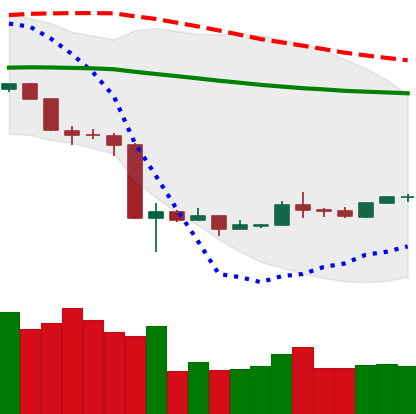
Ticker: NEO-USD
Chart end date: 2020-03-25
Forward return: -4.097%
Label: down_3_5